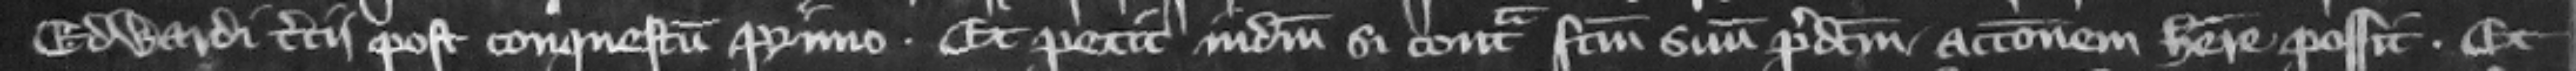
Edwardi tercii post Conquestum primo. Et petit iudicium si contra factum suum predictum accionem habere possit. Et